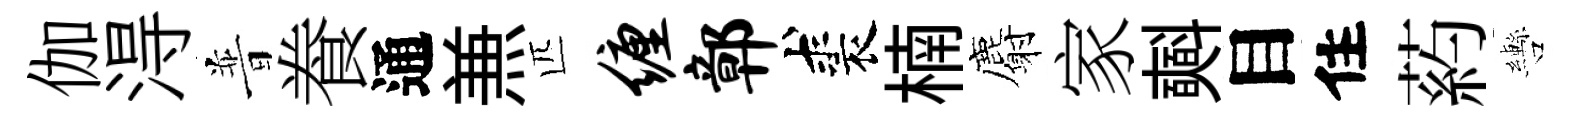
伽淂普飬通𠔥匹缠鄣裘楠麝家𣂏目住葯轡